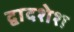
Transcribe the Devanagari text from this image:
द्वादशेश